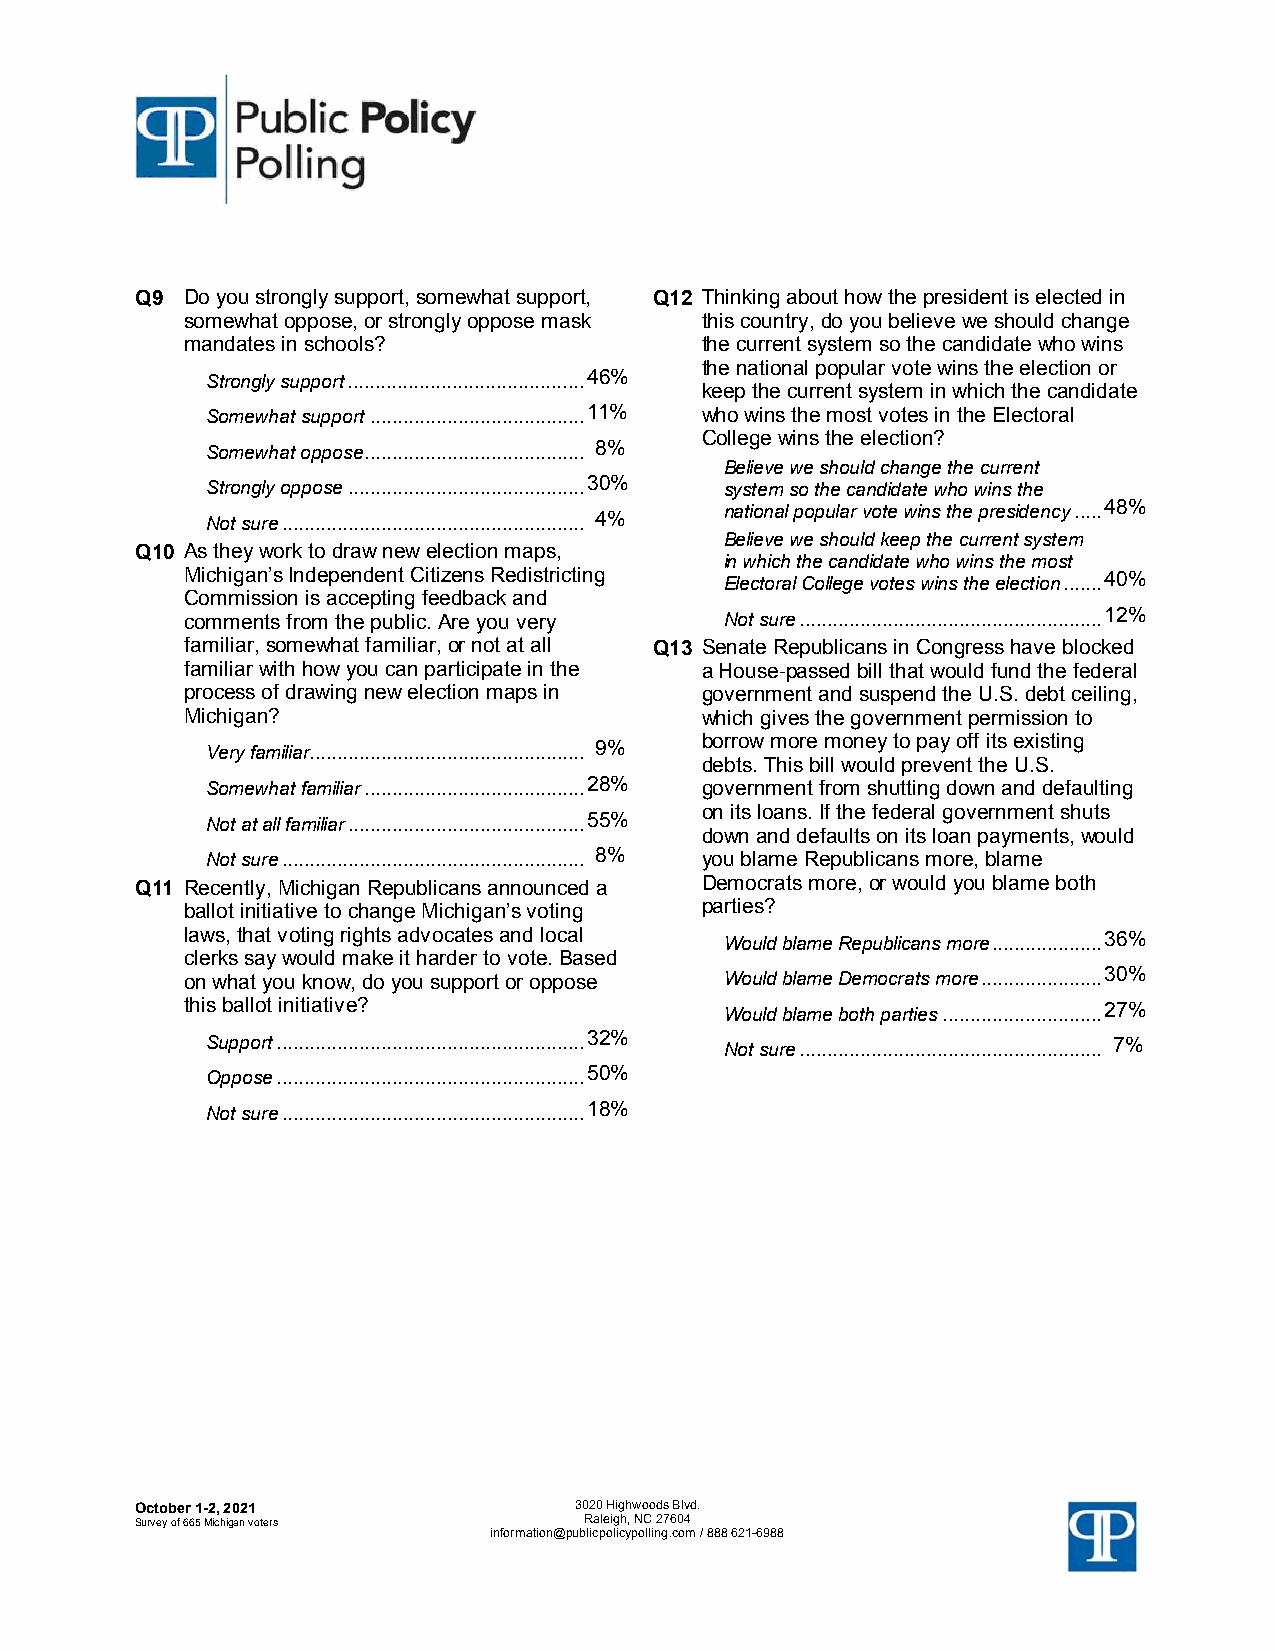
Q9 Do you strongly support, somewhat support, Q12 Thinking about how the president is elected in
 somewhat oppose, or strongly oppose mask this country, do you believe we should change
 mandates in schools?              the current system so the candidate who wins
 the national popular vote wins the election or
 Strongly support........................................... 46%
 keep the current system in which the candidate
 Somewhat support....................................... 11% who wins the most votes in the Electoral
 College wins the election?
 Somewhat oppose........................................ 8%
 Believe we should change the current
 Strongly oppose........................................... 30% system so the candidate who wins the
 Not sure....................................................... 4% national popular vote wins the presidency..... 48%
 Believe we should keep the current system
 Q10 As they work to draw new election maps,
 in which the candidate who wins the most
 Michigan’s Independent Citizens Redistricting Electoral College votes wins the election....... 40%
 Commission is accepting feedback and
 comments from the public. Are you very Not sure....................................................... 12%
 familiar, somewhat familiar, or not at all Q13 Senate Republicans in Congress have blocked
 familiar with how you can participate in the a House-passed bill that would fund the federal
 process of drawing new election maps in government and suspend the U.S. debt ceiling,
 Michigan?                         which gives the government permission to
 borrow more money to pay off its existing
 Very familiar.................................................. 9%
 debts. This bill would prevent the U.S.
 Somewhat familiar........................................ 28% government from shutting down and defaulting
 on its loans. If the federal government shuts
 Not at all familiar........................................... 55%
 down and defaults on its loan payments, would
 Not sure....................................................... 8% you blame Republicans more, blame
 Q11 Recently, Michigan Republicans announced a Democrats more, or would you blame both
 ballot initiative to change Michigan’s voting parties?
 laws, that voting rights advocates and local Would blame Republicans more.................... 36%
 clerks say would make it harder to vote. Based
 on what you know, do you support or oppose Would blame Democrats more...................... 30%
 this ballot initiative?             Would blame both parties............................. 27%
 Support........................................................ 32% Not sure....................................................... 7%
 Oppose........................................................ 50%
 Not sure....................................................... 18%
 OOccttoobbeerr 11--22,, 22002211 33002200 HHiigghhwwooooddss BBllvvdd..
 SSuurrvveeyy ooff 666655 MMiicchhiiggaann vvootteerrss RRaalleeiigghh,, NNCC 2277660044
 iinnffoorrmmaattiioonn@@ppuubblliiccppoolliiccyyppoolllliinngg..ccoomm // 888888 662211--66998888